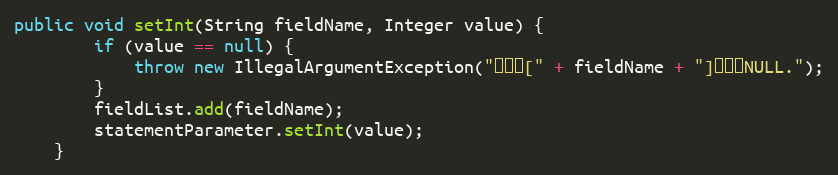
Language: Java
public void setInt(String fieldName, Integer value) {
		if (value == null) {
			throw new IllegalArgumentException("参数值[" + fieldName + "]不能为NULL.");
		}
		fieldList.add(fieldName);
		statementParameter.setInt(value);
	}